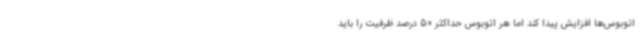
اتوبوس‌ها افزایش پیدا کند اما هر اتوبوس حداکثر 50 درصد ظرفیت را باید